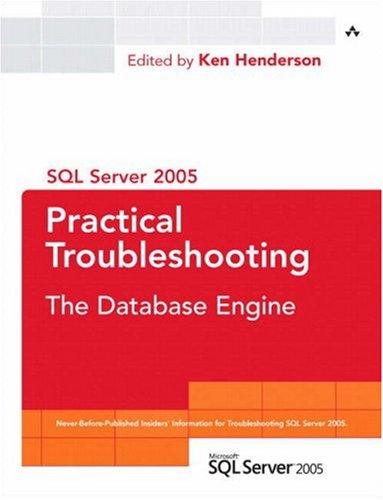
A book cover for SQL Server 2005 Practical Troubleshooting: The Database Engine; Computers & Technology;